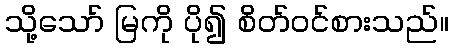
သို့သော် မြကို ပို၍ စိတ်ဝင်စားသည်။